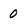
Character: 0